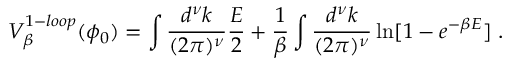
V _ { \beta } ^ { 1 - l o o p } ( \phi _ { 0 } ) = \int \frac { d ^ { \nu } k } { ( 2 \pi ) ^ { \nu } } { \frac { E } { 2 } } + { \frac { 1 } { \beta } } \int \frac { d ^ { \nu } k } { ( 2 \pi ) ^ { \nu } } \ln [ 1 - e ^ { - \beta E } ] \; .